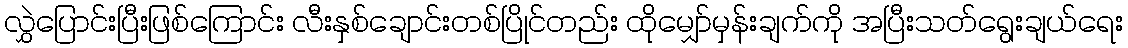
လွှဲပြောင်းပြီးဖြစ်ကြောင်း လီးနှစ်ချောင်းတစ်ပြိုင်တည်း ထိုမျှော်မှန်းချက်ကို အပြီးသတ်ရွေးချယ်ရေး